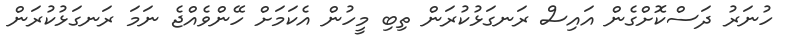
ހުނަރު ދަސްކޮށްގެން އައިސް ރަނގަޅުކުރަން ތިބި މީހުން އެކަމަށް ހޭންވެއްޖެ ނަމަ ރަނގަޅުކުރަން